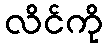
လိင်ကို